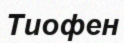
Тиофен